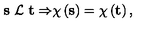
{ \bf s \ } { \cal L \ } { \bf t \Rightarrow } \chi \left( { \bf s } \right) = \chi \left( { \bf t } \right) ,